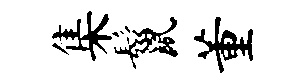
集鬣董